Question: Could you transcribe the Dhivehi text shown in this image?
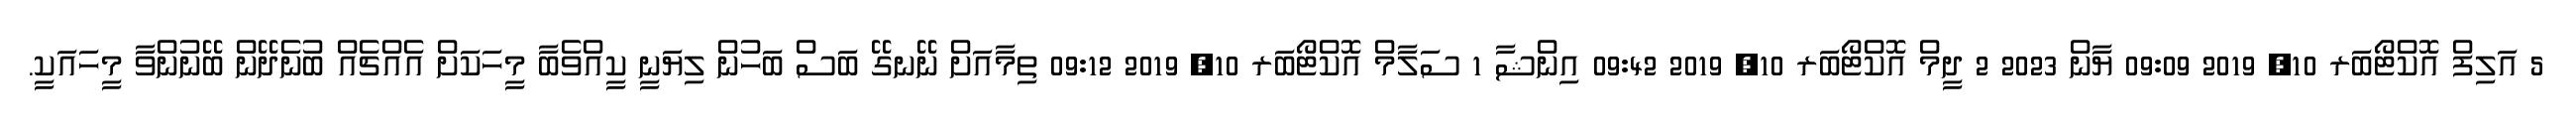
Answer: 5 އަލިފް އޮކްޓޯބަރ 10, 2019 09:09 ޔާން 2023 2 ދީމް އޮކްޓޯބަރ 10, 2019 09:42 އިންޝާ 1 ސަލާމް އޮކްޓޯބަރ 10, 2019 09:12 ތިމާއަށް ނޭނގޭ ބަސް ބަހުން ލިޔަނީ ކީއްވެބާ މީހަކަށް އެއްޗެއް ބުނެދޭން ބޭނުންވާ މީހައަކީ.